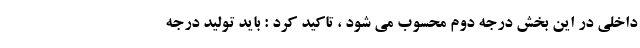
داخلی در این بخش درجه دوم محسوب می شود ، تاکید کرد : باید تولید درجه